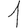
Digit: 1